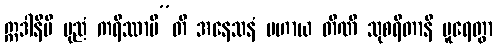
ဣဒါနိပိ ပုညံ ကရိဿာမီ”တိ အနေသနံ ပဟာယ တီဏိ သုစရိတာနိ ပူရေတွာ